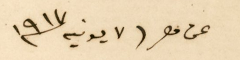
عن مصر٧ يونية ١٩٧٧